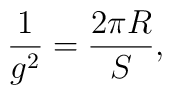
\frac {1}{g^2} = \frac {2 \pi R}{S},